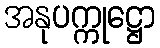
အနုပက္ကုဋ္ဌော